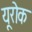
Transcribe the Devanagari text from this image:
यूरोक